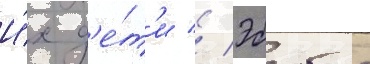
И́х д'е́т'и // Эббот